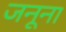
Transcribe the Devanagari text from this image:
जनूना